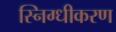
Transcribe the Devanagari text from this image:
स्निग्धीकरण